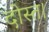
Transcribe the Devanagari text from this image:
दोस्त।